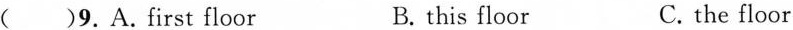
( )9.A.First floor B. this floor C. the floor